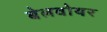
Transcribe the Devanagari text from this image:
बेलवोयर